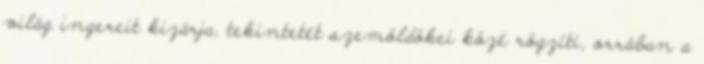
világ ingereit kizárja, tekintetét szemöldökei közé rögzíti, orrában a